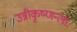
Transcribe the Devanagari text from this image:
उन्नीकृष्णन्ला